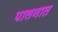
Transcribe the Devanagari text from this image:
पालनात